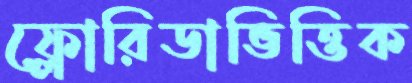
ফ্লোরিডাভিত্তিক